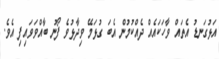
އަޅުގަނޑު އެތައް ވާހަކައެއް ދެއްކުމުން އެބަ ގުޅަމޭ ވިދާޅުވެ ފޯނު ބާއްވަވައިފި އެވެ.